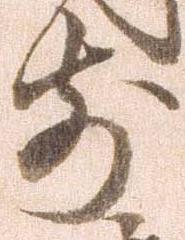
前